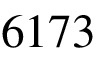
6 1 7 3